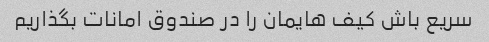
سریع باش کیف هایمان را در صندوق امانات بگذاریم